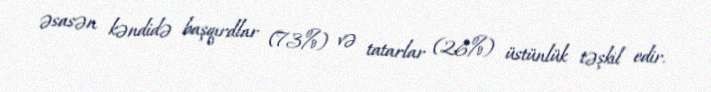
əsasən kəndidə başqırdlar (73%) və tatarlar (26%) üstünlük təşkil edir.